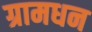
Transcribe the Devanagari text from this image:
ग्रामधन